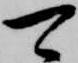
可